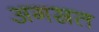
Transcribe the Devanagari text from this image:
अगस्रत